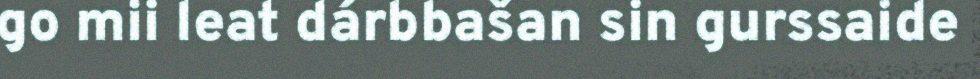
go mii leat dárbbašan sin gurssaide